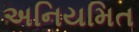
અનિયમિત